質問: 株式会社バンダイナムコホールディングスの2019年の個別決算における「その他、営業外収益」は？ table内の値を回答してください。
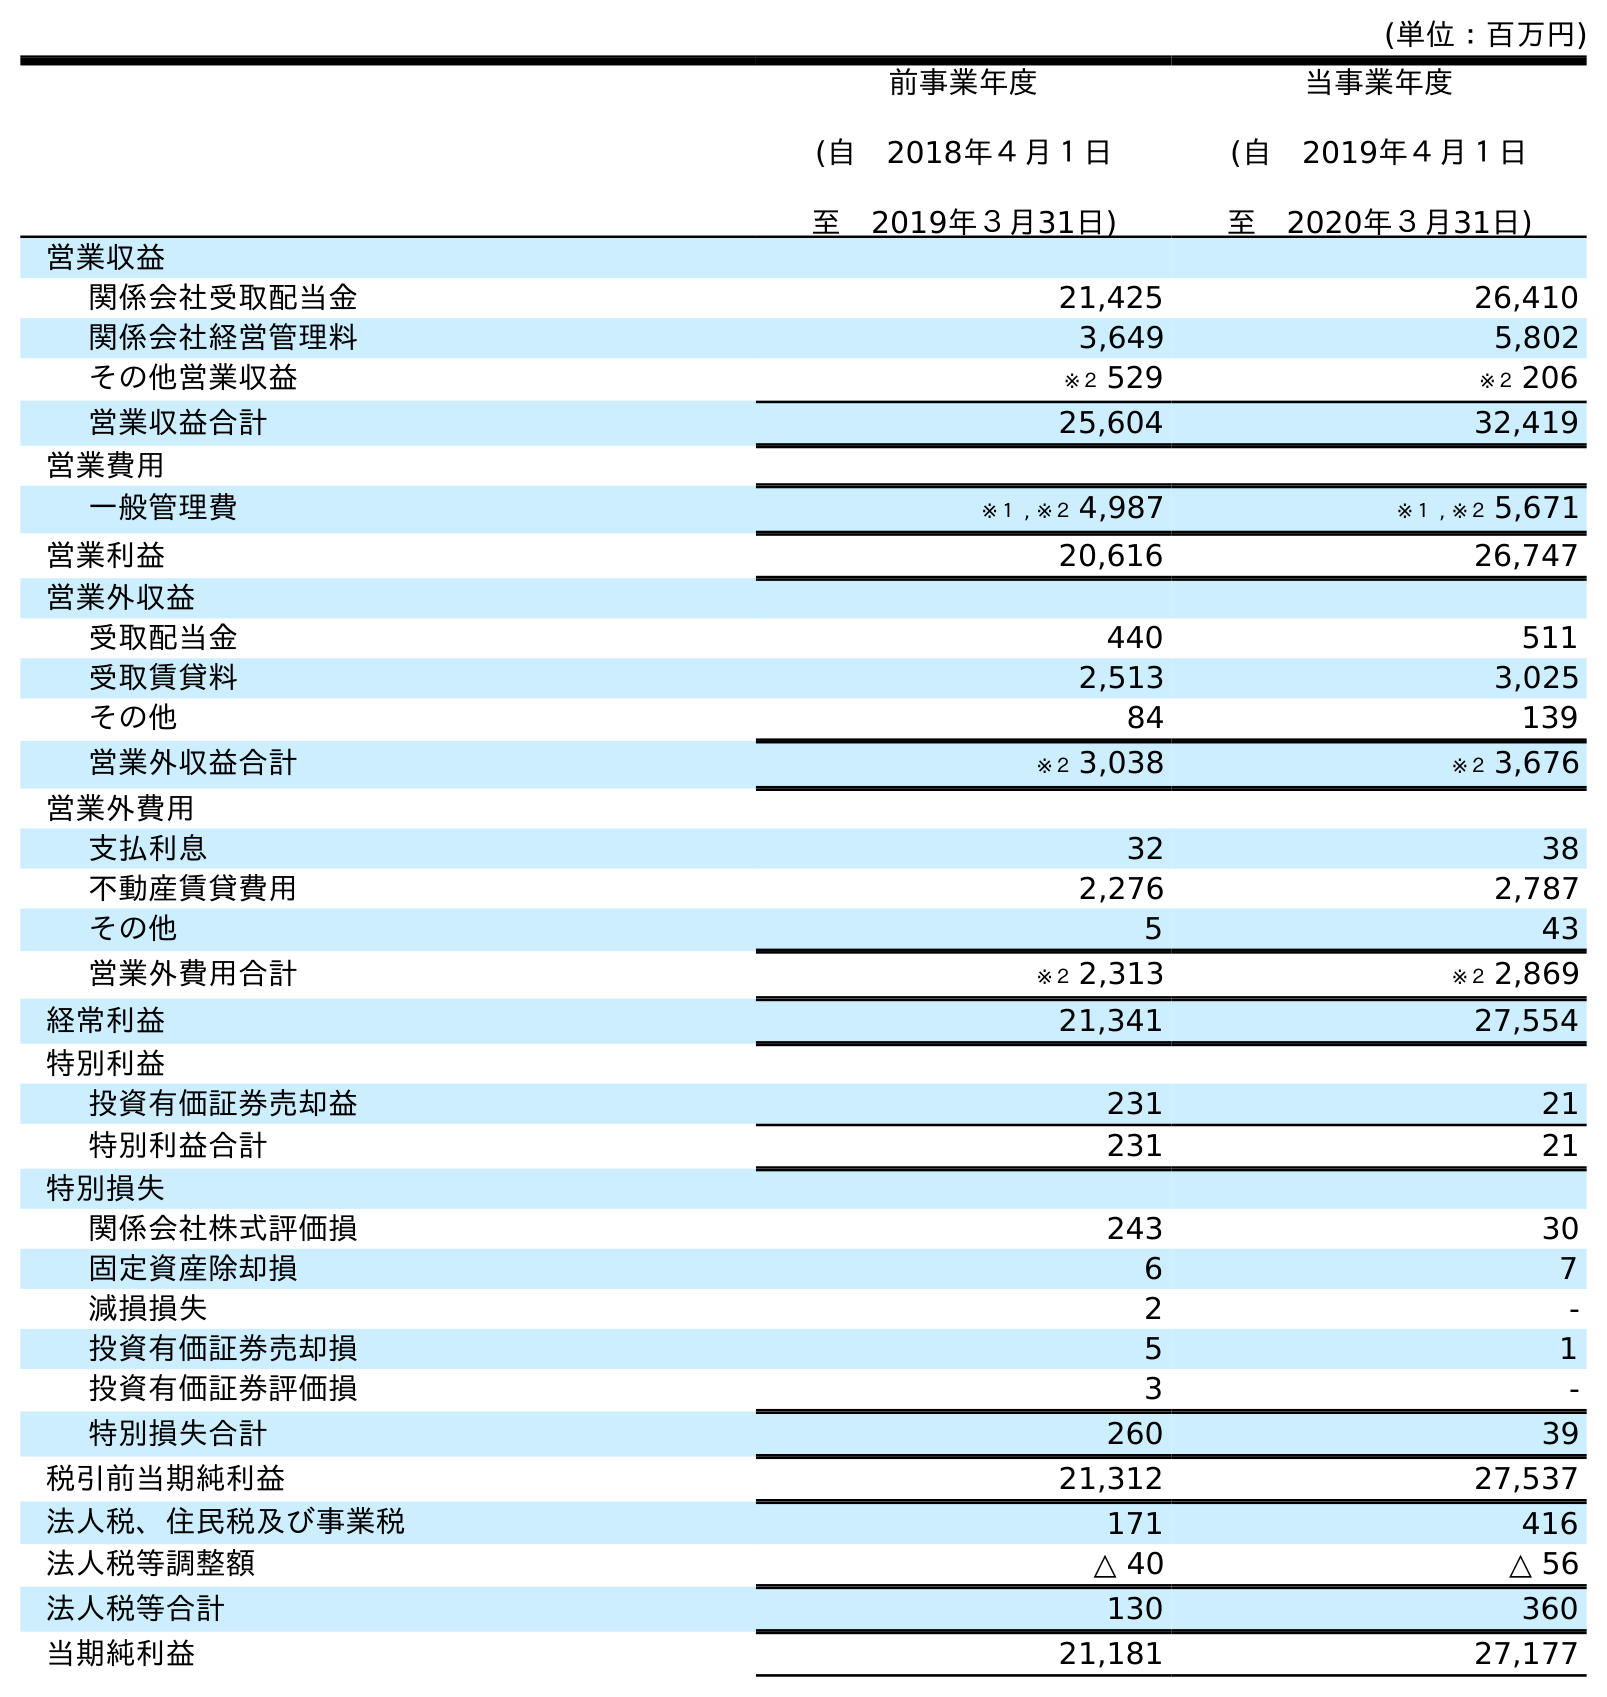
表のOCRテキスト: (単位：百万円) 前事業年度 (自 2018年４月１日 至 2019年３月31日) 当事業年度 (自 2019年４月１日 至 2020年３月31日) 営業収益 関係会社受取配当金 21,425 26,410 関係会社経営管理料 3,649 5,802 その他営業収益 ※２ 529 ※２ 206 営業収益合計 25,604 32,419 営業費用 一般管理費 ※１ , ※２ 4,987 ※１ , ※２ 5,671 営業利益 20,616 26,747 営業外収益 受取配当金 440 511 受取賃貸料 2,513 3,025 その他 84 139 営業外収益合計 ※２ 3,038 ※２ 3,676 営業外費用 支払利息 32 38 不動産賃貸費用 2,276 2,787 その他 5 43 営業外費用合計 ※２ 2,313 ※２ 2,869 経常利益 21,341 27,554 特別利益 投資有価証券売却益 231 21 特別利益合計 231 21 特別損失 関係会社株式評価損 243 30 固定資産除却損 6 7 減損損失 2 - 投資有価証券売却損 5 1 投資有価証券評価損 3 - 特別損失合計 260 39 税引前当期純利益 21,312 27,537 法人税、住民税及び事業税 171 416 法人税等調整額 △ 40 △ 56 法人税等合計 130 360 当期純利益 21,181 27,177
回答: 84